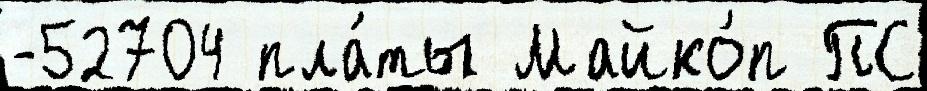
-52704 пла́ты Майко́п ПС